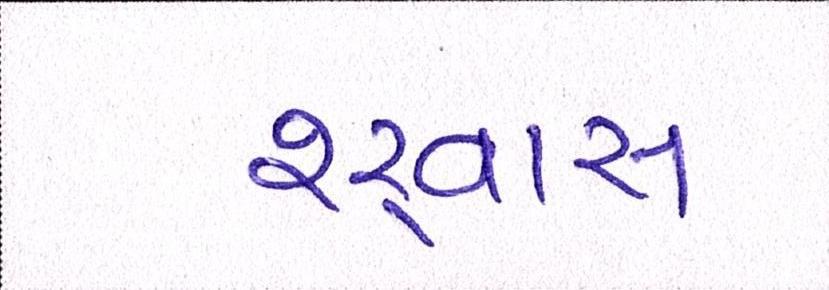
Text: શ્ર્વાસ